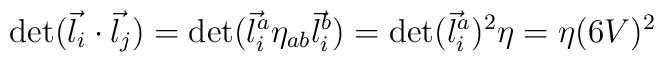
\det(\vec{l}_i\cdot \vec{l}_j)=\det(\vec{l}_i^a\eta_{ab}\vec{l}_i^b) =\det(\vec{l}_i^a)^2 \eta = \eta (6V)^2